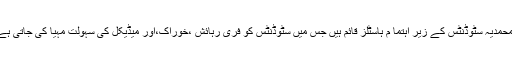
المحمدیہ سٹوڈنٹس کے زیر اہتما م ہاسٹلز قائم ہیں جس میں سٹوڈنٹس کو فری رہائش ،خوراک،اور میڈیکل کی سہولت مہیا کی جاتی ہے۔